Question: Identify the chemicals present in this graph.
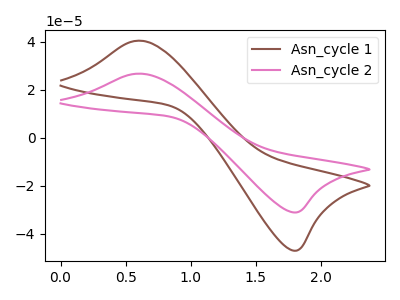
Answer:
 <answer>The brown curve is labeled "Asn_cycle 1". The pink curve is labeled "Asn_cycle 2".</answer>
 <eval></eval>